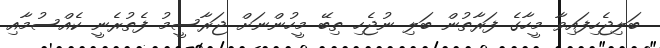
ބަލިޖެހިފައިވާ މީހާގެ ފަރާތުން ބަލި ނުޖެހި ތިބޭ މީހުންނަށް ޖަރާސީމު ފެތުރެނީ ކެއްސުމާއި